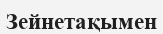
Зейнетақымен